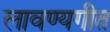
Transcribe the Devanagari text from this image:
लावण्यगीत